Treatise on elephants
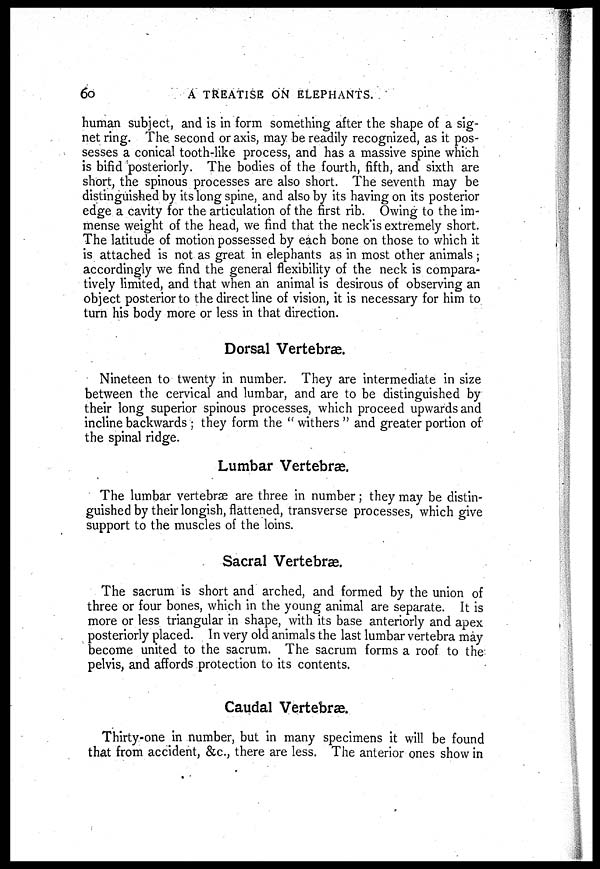
60
A TREATISE ON ELEPHANTS.
human subject, and is in form something after the shape of a sig-
net ring. The second or axis, may be readily recognized, as it pos-
sesses a conical tooth-like process, and has a massive spine which
is bifid posteriorly. The bodies of the fourth, fifth, and sixth are
short, the spinous processes are also short. The seventh may be
distinguished by its long spine, and also by its having on its posterior
edge a cavity for the articulation of the first rib. Owing to the im-
mense weight of the head, we find that the neck is extremely short.
The latitude of motion possessed by each bone on those to which it
is attached is not as great in elephants as in most other animals ;
accordingly we find the general flexibility of the neck is compara-
tively limited, and that when an animal is desirous of observing an
object posterior to the direct line of vision, it is necessary for him to
turn his body more or less in that direction.
Dorsal Vertebræ.
Nineteen to twenty in number. They are intermediate in size
between the cervical and lumbar, and are to be distinguished by
their long superior spinous processes, which proceed upwards and
incline backwards ; they form the " withers " and greater portion of
the spinal ridge.
Lumbar Vertebræ.
The lumbar vertebrae are three in number; they may be distin-
guished by their longish, flattened, transverse processes, which give
support to the muscles of the loins.
Sacral Vertebræ.
The sacrum is short and arched, and formed by the union of
three or four bones, which in the young animal are separate. It is
more or less triangular in shape, with its base anteriorly and apex
posteriorly placed. In very old animals the last lumbar vertebra may
become united to the sacrum. The sacrum forms a roof to the
pelvis, and affords protection to its contents.
Caudal Vertebræ.
Thirty-one in number, but in many specimens it will be found
that from accident, &c., there are less. The anterior ones show in